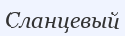
Сланцевый